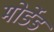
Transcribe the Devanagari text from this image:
मोर्डेड